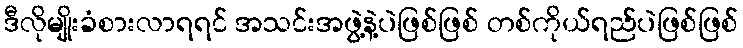
ဒီလိုမျိုးခံစားလာရရင် အသင်းအဖွဲ့နဲ့ပဲဖြစ်ဖြစ် တစ်ကိုယ်ရည်ပဲဖြစ်ဖြစ်